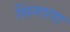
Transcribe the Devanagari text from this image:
सिंगाला